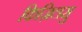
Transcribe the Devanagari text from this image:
किज़िलसु